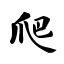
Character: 爬